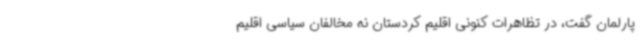
پارلمان گفت، در تظاهرات کنونی اقلیم کردستان نه مخالفان سیاسی اقلیم